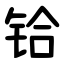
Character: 铪